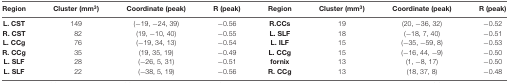
| Region | Cluster (mm3) | Coordinate (peak) | R (peak) | Region | Cluster (mm3) | Coordinate (peak) | R (peak) |
 | --- | --- | --- | --- | --- | --- | --- | --- |
 | L. CST | 149 | (−19, −24, 39) | −0.56 | R.CCs | 19 | (20, −36, 32) | −0.52 |
 | R. CST | 82 | (19, −10, 40) | −0.55 | L. SLF | 18 | (−18, 7, 40) | −0.51 |
 | L. CCg | 76 | (−19, 34, 13) | −0.54 | L. ILF | 15 | (−35, −59, 8) | −0.53 |
 | R. CCg | 35 | (19, 35, 19) | −0.49 | L. CCg | 15 | (−16, 44, −9) | −0.50 |
 | L. SLF | 28 | (−26, 5, 31) | −0.51 | fornix | 13 | (1, −8, 17) | −0.50 |
 | L. SLF | 22 | (−38, 5, 19) | −0.56 | R. CCg | 13 | (18, 37, 8) | −0.48 |